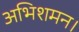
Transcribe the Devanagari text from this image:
अभिशमन।